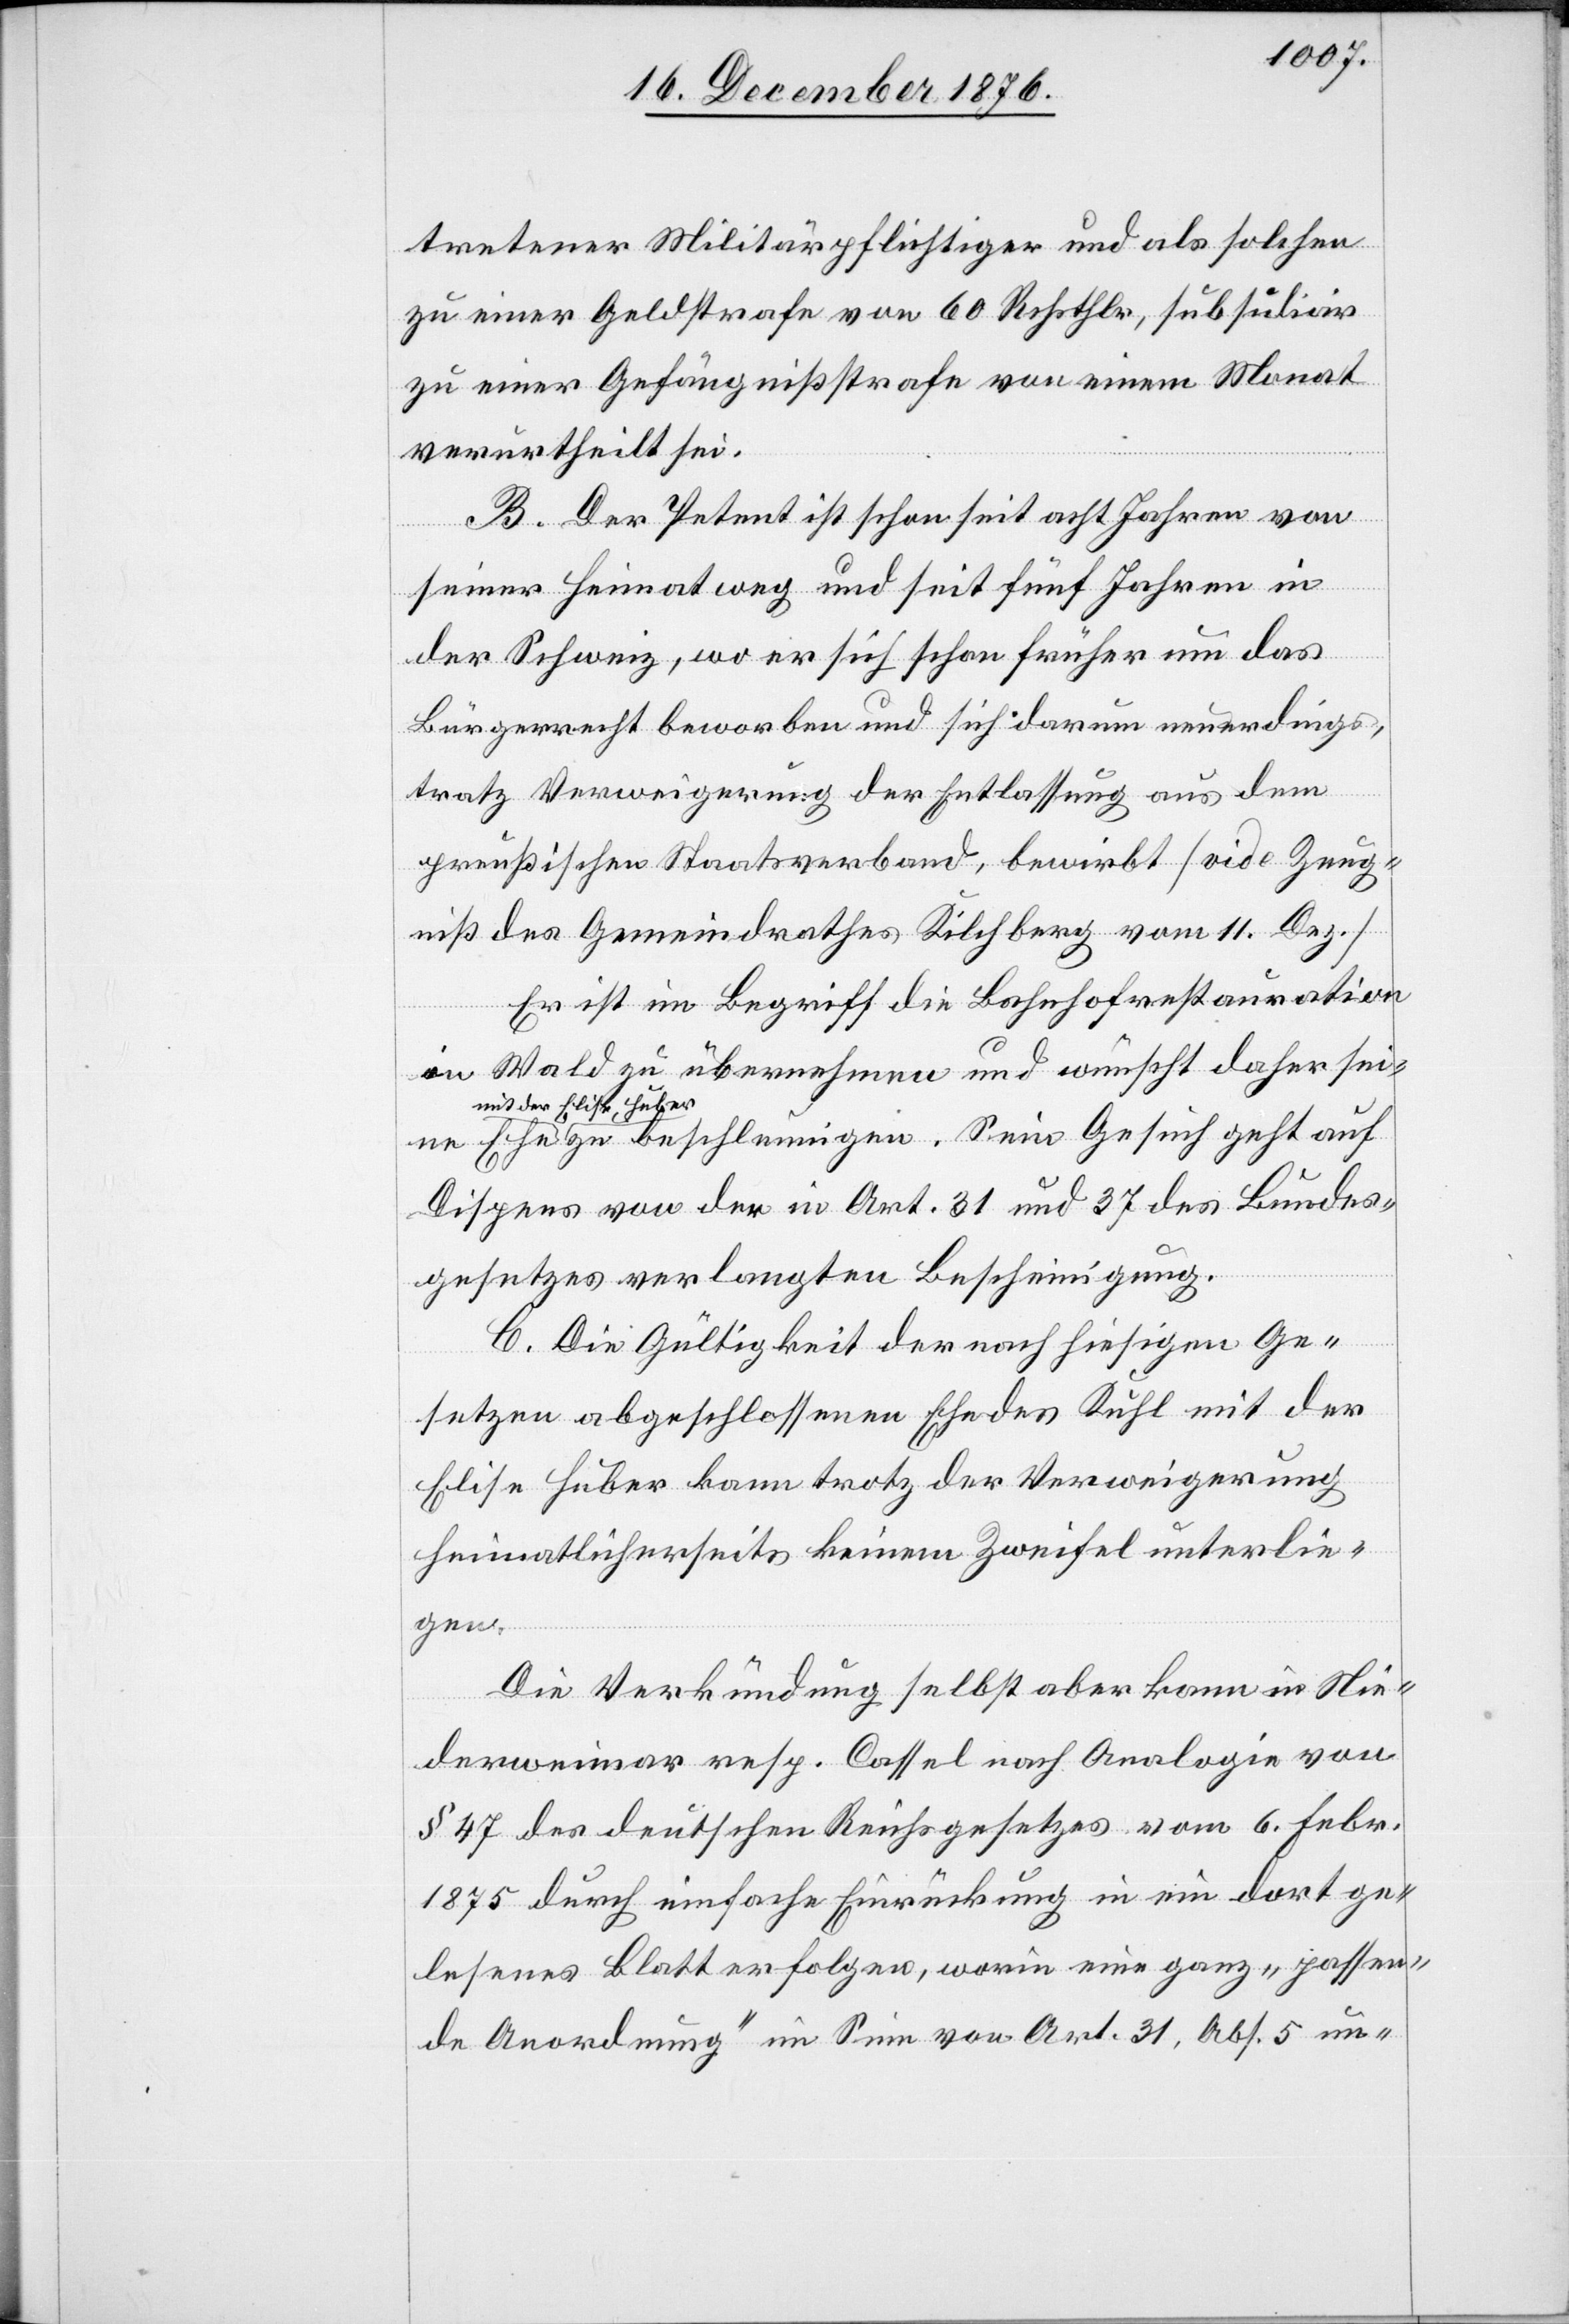
tretener Militärpflichtiger und als solchen
zu einer Geldstraße von 60 Rchsthlr, subsidiär
zu einer Gefängnißstrafe von einem Monat
verurtheilt ist.
B. Der Petent ist schon seit acht Jahren von
seiner Heimat weg und seit fünf Jahren in
der Schweiz, wo er sich schon früher um das
Bürgerrecht beworben und sich darum neuerdings
trotz Verweigerung der Entlassung aus dem
preußischen Staatsverband, bewirbt [vide Zeug¬
niß des Gemeindrathes Kilchberg vom 11. Dez.][.]
Er ist im Begriff die Bahhofrestauration
in Wald zu übernehmen und wünscht daher seine
mit der Elise Huber
zu beschleunigen. Sein Gesuch geht auf
Dispens von der in Art. 31 und 37 des Bundes¬
gesetzes verlangten Bescheinigung.
C. Die Gültigkeit der nach hiesigen Ge¬
setzen abgeschlossenen Ehe des Kuhl mit der
Elise Huber kann trotz der Verweigerung
heimatlicherseits keinem Zweifel unterlie¬
gen.
Die Verkündung selbst aber kann in Nie¬
derweimar resp. Cassel nach Analogie von
§ 47 des deutsches Reichsgesetzes vom 6. Febr.
1875 durch einfache Einrückung in ein dort ge¬
lesenes Blatt erfolgen, worin eine ganz „passen¬
de Anordnung“ im Sinn von Art. 31, Abs. 5 un-